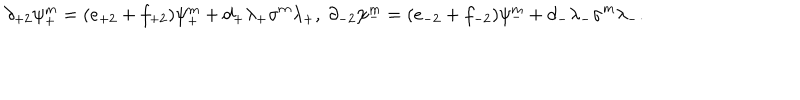
\partial _ { + 2 } \psi _ { + } ^ { m } = ( e _ { + 2 } + f _ { + 2 } ) \psi _ { + } ^ { m } + d _ { + } \lambda _ { + } \sigma ^ { m } \lambda _ { + } , \ \partial _ { - 2 } \psi _ { - } ^ { m } = ( e _ { - 2 } + f _ { - 2 } ) \psi _ { - } ^ { m } + d _ { - } \lambda _ { - } \sigma ^ { m } \lambda _ { - } .